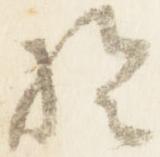
於